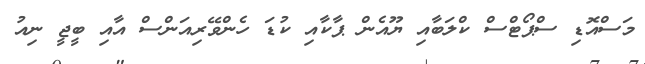
މަސްއޮޑި ސްޕޯޓްސް ކްލަބާއި ޔޫއެން ޕާކާއި ކުޑަ ހެންވޭރިއަންސް އާއި ބީޖީ ނިއު